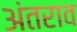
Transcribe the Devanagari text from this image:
अंतराव